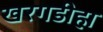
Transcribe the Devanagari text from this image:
खरगडीहा